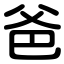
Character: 爸